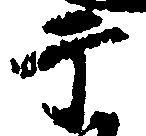
于